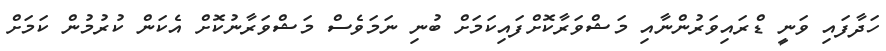
ހަދާފައި ވަނީ ޑްރައިވަރުންނާއި މަޝްވަރާކޮށްފައިކަަމަށް ބުނި ނަމަވެސް މަޝްވަރާނުކޮށް އެކަން ކުރުމުން ކަމަށް